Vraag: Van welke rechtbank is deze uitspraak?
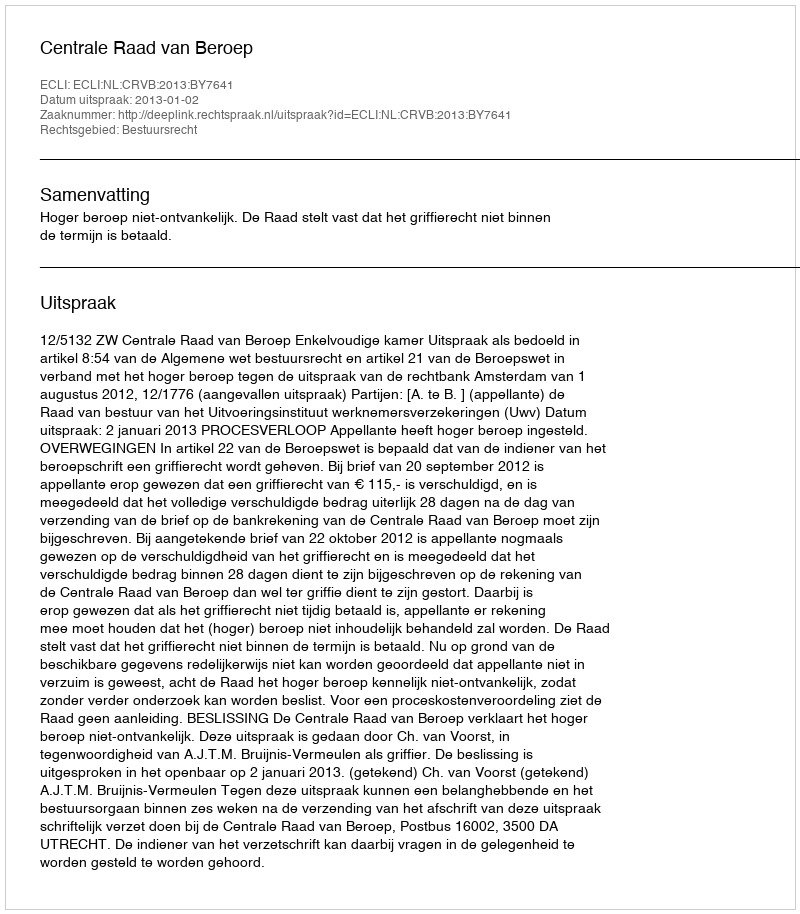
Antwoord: Centrale Raad van Beroep